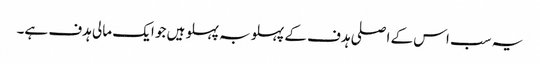
یہ سب اس کے اصلی ہدف کے پہلو بہ پہلو ہیں جو ایک مالی ہدف ہے۔